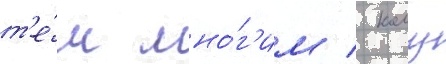
т'е́м мно́г'им / кому